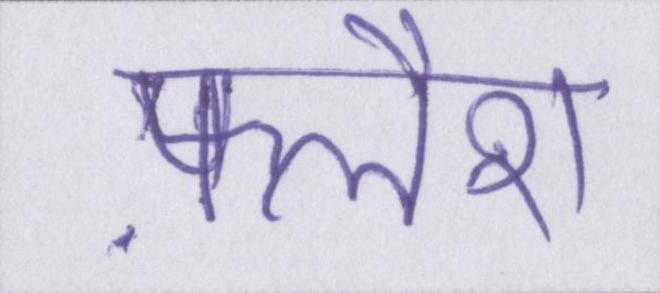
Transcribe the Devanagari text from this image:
फ़्लैश